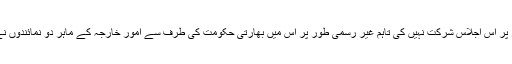
بھارت کی طرف سے اس کے کسی وفد نے سرکاری طور پر اس اجلاس شرکت نہیں کی تاہم غیر رسمی طور پر اس میں بھارتی حکومت کی طرف سے امور خارجہ کے ماہر دو نمائندوں نے حصہ لیا، جو اعلیٰ سرکاری عہدوں پر کام کر چکے ہیں۔